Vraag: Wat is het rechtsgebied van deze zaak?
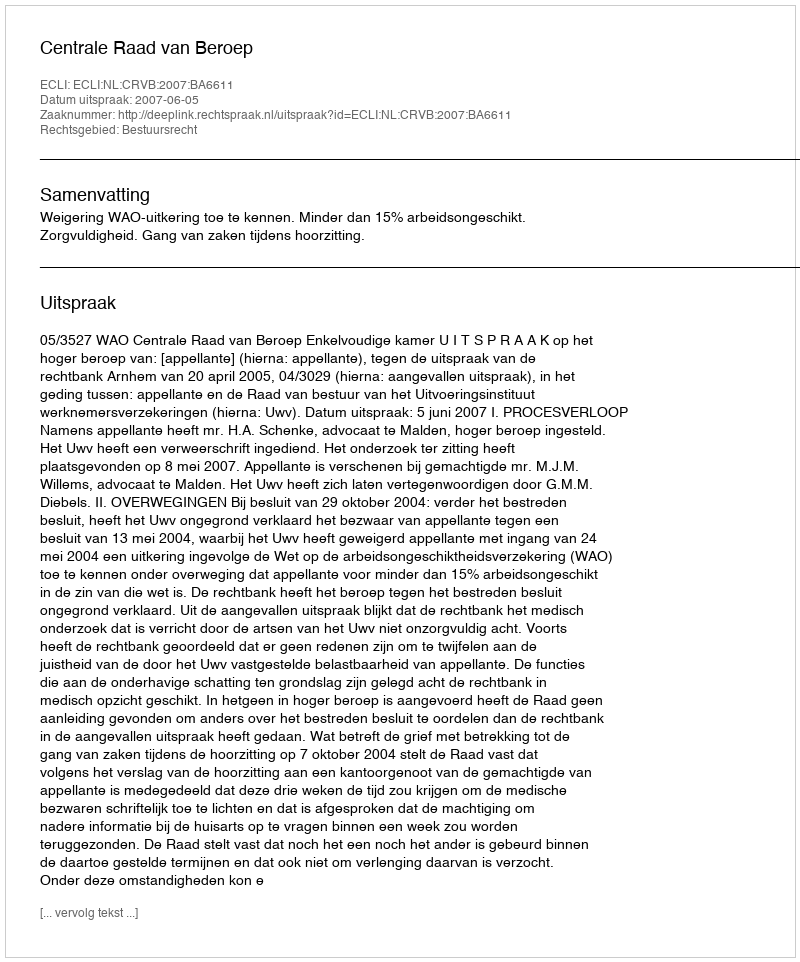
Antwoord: Bestuursrecht